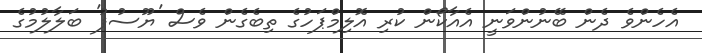
އެހެންވެ ދެން ބޭނުންވަނީ އެއާކޯން ކުރި އޮލިމްޕަހުގެ ތިބެގެން ވެސް 'ޔޫސުފު' ބަލާލުމުގެ